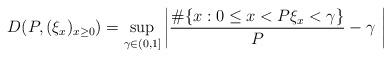
LaTeX: \begin{align*}D(P,(\xi_{x})_{x\geq 0})= \sup_{\gamma \in (0,1]} \left| \frac{\#\{ x : 0\leq x<P \xi_x< \gamma\}}{P} - \gamma \ \right| \end{align*}